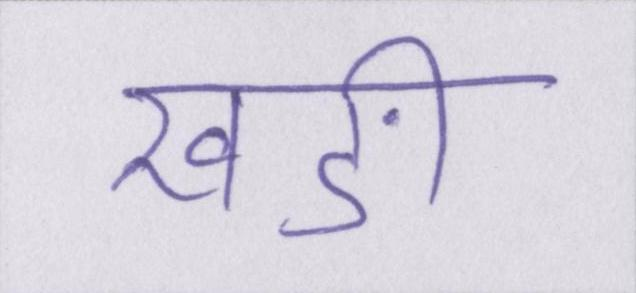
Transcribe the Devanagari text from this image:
खङी